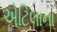
એટિલાના